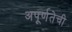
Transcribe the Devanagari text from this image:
अपूर्णतेची